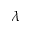
\lambda